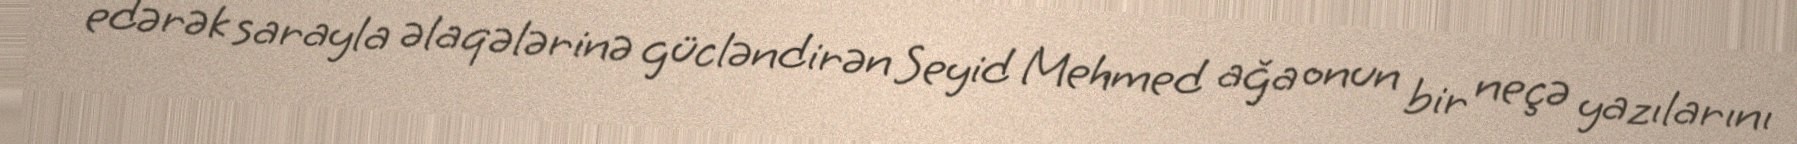
edərək sarayla əlaqələrinə gücləndirən Seyid Mehmed ağa onun bir neçə yazılarını